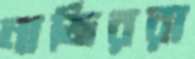
নাজিররা